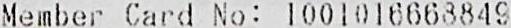
MEMBER CARD NO : 1001016668849